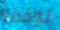
توقفنا